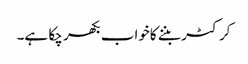
کرکٹر بننے کاخواب بکھر چکا ہے۔